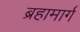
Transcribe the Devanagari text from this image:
ब्रहामार्ग